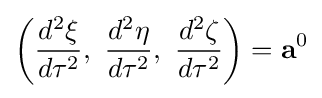
\left({\frac {d^{2}\xi }{d\tau ^{2}}},\ {\frac {d^{2}\eta }{d\tau ^{2}}},\ {\frac {d^{2}\zeta }{d\tau ^{2}}}\right)=\mathbf {a} ^{0}